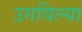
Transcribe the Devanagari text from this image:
उगविल्या